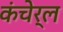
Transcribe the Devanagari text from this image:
कंचेर्ल